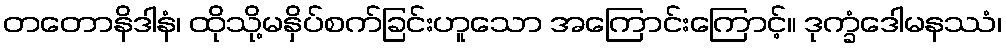
တတောနိဒါနံ၊ ထိုသို့မနှိပ်စက်ခြင်းဟူသော အကြောင်းကြောင့်။ ဒုက္ခံဒေါမနဿံ၊